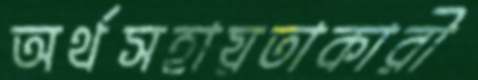
অর্থসহায়তাকারী